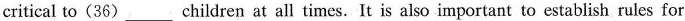
critical to(36)___children at all times. It is also important to establish rules for